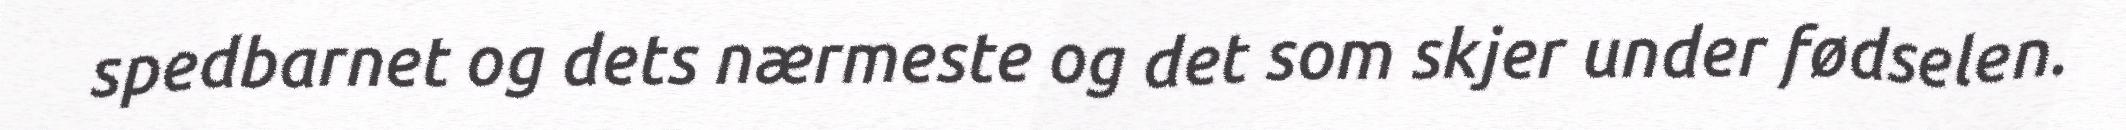
spedbarnet og dets nærmeste og det som skjer under fødselen.